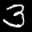
Label: 3